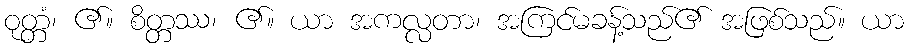
ဝုတ္တံ၊ ၏။ စိတ္တဿ၊ ၏။ ယာ အကလ္လတာ၊ အကြင်မခန့်သည်၏ အဖြစ်သည်။ ယာ